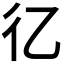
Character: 𢒼